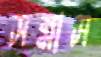
সন্নাস